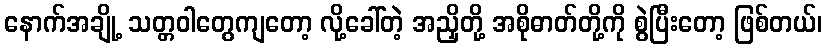
နောက်အချို့ သတ္တဝါတွေကျတော့ လို့ခေါ်တဲ့ အညှိတို့ အစိုဓာတ်တို့ကို စွဲပြီးတော့ ဖြစ်တယ်၊